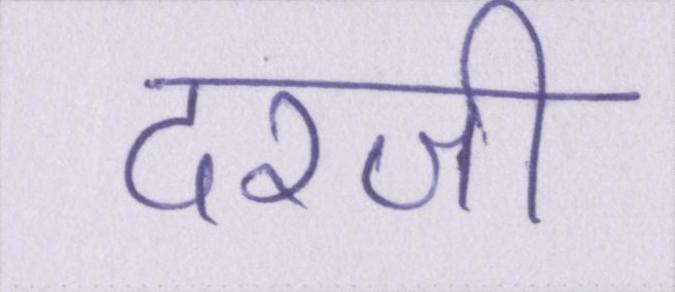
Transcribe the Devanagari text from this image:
दरजी